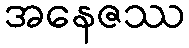
အနေဇဿ